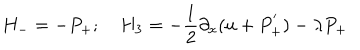
H _ { - } = - P _ { + } ; \quad H _ { 3 } = - { \frac { 1 } { 2 } } { \partial _ { x } ( u + P _ { + } ^ { ' } ) } - \lambda P _ { + }